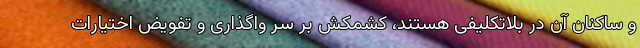
و ساکنان آن در بلاتکلیفی هستند، کشمکش بر سر واگذاری و تفویض اختیارات